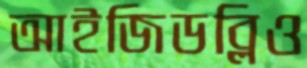
আইজিডব্লিও